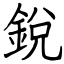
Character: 銳